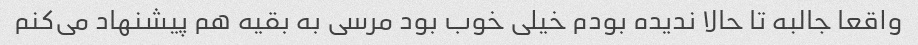
واقعا جالبه تا حالا ندیده بودم خیلی خوب بود مرسی به بقیه هم پیشنهاد می‌کنم